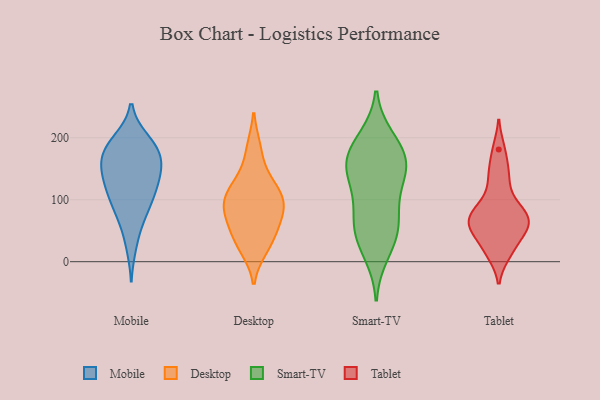
{"axis": {"x": "Shipments", "y": "Value"}, "legend": ["Desktop", "Mobile", "Smart-TV", "Tablet"], "data": [{"x": "", "y": 167, "type": "Mobile"}, {"x": "", "y": 145, "type": "Mobile"}, {"x": "", "y": 76, "type": "Mobile"}, {"x": "", "y": 101, "type": "Mobile"}, {"x": "", "y": 61, "type": "Mobile"}, {"x": "", "y": 193, "type": "Mobile"}, {"x": "", "y": 166, "type": "Mobile"}, {"x": "", "y": 196, "type": "Mobile"}, {"x": "", "y": 129, "type": "Mobile"}, {"x": "", "y": 135, "type": "Mobile"}, {"x": "", "y": 164, "type": "Mobile"}, {"x": "", "y": 171, "type": "Mobile"}, {"x": "", "y": 122, "type": "Mobile"}, {"x": "", "y": 135, "type": "Mobile"}, {"x": "", "y": 25, "type": "Mobile"}, {"x": "", "y": 176, "type": "Mobile"}, {"x": "", "y": 93, "type": "Mobile"}, {"x": "", "y": 197, "type": "Mobile"}, {"x": "", "y": 102, "type": "Mobile"}, {"x": "", "y": 83, "type": "Desktop"}, {"x": "", "y": 94, "type": "Desktop"}, {"x": "", "y": 54, "type": "Desktop"}, {"x": "", "y": 74, "type": "Desktop"}, {"x": "", "y": 34, "type": "Desktop"}, {"x": "", "y": 182, "type": "Desktop"}, {"x": "", "y": 107, "type": "Desktop"}, {"x": "", "y": 22, "type": "Desktop"}, {"x": "", "y": 134, "type": "Desktop"}, {"x": "", "y": 112, "type": "Desktop"}, {"x": "", "y": 49, "type": "Smart-TV"}, {"x": "", "y": 200, "type": "Smart-TV"}, {"x": "", "y": 150, "type": "Smart-TV"}, {"x": "", "y": 12, "type": "Smart-TV"}, {"x": "", "y": 105, "type": "Smart-TV"}, {"x": "", "y": 119, "type": "Smart-TV"}, {"x": "", "y": 162, "type": "Smart-TV"}, {"x": "", "y": 29, "type": "Smart-TV"}, {"x": "", "y": 154, "type": "Smart-TV"}, {"x": "", "y": 59, "type": "Smart-TV"}, {"x": "", "y": 178, "type": "Smart-TV"}, {"x": "", "y": 149, "type": "Smart-TV"}, {"x": "", "y": 197, "type": "Smart-TV"}, {"x": "", "y": 58, "type": "Smart-TV"}, {"x": "", "y": 77, "type": "Smart-TV"}, {"x": "", "y": 158, "type": "Smart-TV"}, {"x": "", "y": 55, "type": "Tablet"}, {"x": "", "y": 147, "type": "Tablet"}, {"x": "", "y": 130, "type": "Tablet"}, {"x": "", "y": 18, "type": "Tablet"}, {"x": "", "y": 42, "type": "Tablet"}, {"x": "", "y": 60, "type": "Tablet"}, {"x": "", "y": 76, "type": "Tablet"}, {"x": "", "y": 13, "type": "Tablet"}, {"x": "", "y": 94, "type": "Tablet"}, {"x": "", "y": 83, "type": "Tablet"}, {"x": "", "y": 67, "type": "Tablet"}, {"x": "", "y": 181, "type": "Tablet"}, {"x": "", "y": 60, "type": "Tablet"}]}